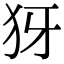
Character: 犽